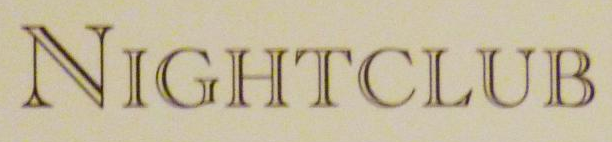
NIGHTCLUB